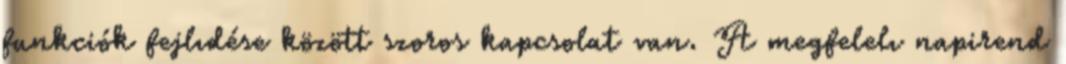
funkciók fejlıdése között szoros kapcsolat van. A megfelelı napirend